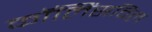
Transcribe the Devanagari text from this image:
कॉलिंसविल